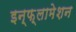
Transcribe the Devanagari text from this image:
इन्फ़्लामेशन